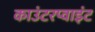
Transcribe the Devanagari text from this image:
काउंटरप्वाइंट